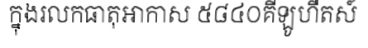
ក្នុងរលកធាតុអាកាស ៥៨៤០គីឡូហឺតស៍